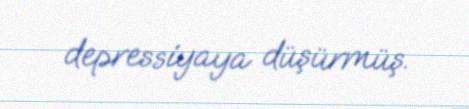
depressiyaya düşürmüş.